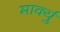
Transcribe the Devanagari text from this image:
मार्क्यु